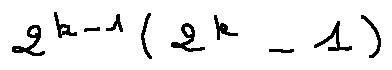
2 ^ { k - 1 } ( 2 ^ { k } - 1 )